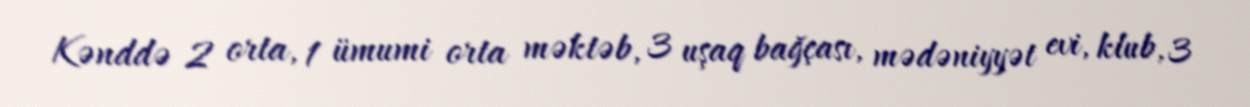
Kənddə 2 orta, 1 ümumi orta məktəb, 3 uşaq bağçası, mədəniyyət evi, klub, 3